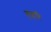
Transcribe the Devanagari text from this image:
हहरि